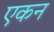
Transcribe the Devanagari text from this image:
एकन